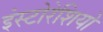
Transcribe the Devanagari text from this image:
इंस्टोरेशियो